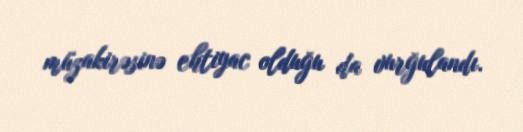
müzakirəsinə ehtiyac olduğu da vurğulandı.